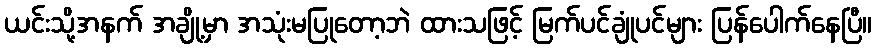
ယင်းသို့အနက် အချို့မှာ အသုံးမပြုတော့ဘဲ ထားသဖြင့် မြက်ပင်ချုံပင်များ ပြန်ပေါက်နေပြီ။